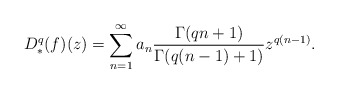
\begin{align*} D^q_*(f)(z)=\sum_{n=1}^{\infty}a_n\frac{\Gamma(qn+1)}{\Gamma(q(n-1)+1)} z^{q(n-1)}.\end{align*}